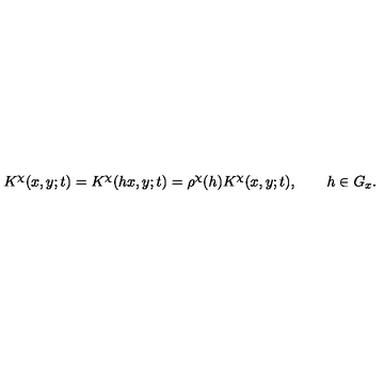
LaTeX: K ^ { \chi } ( x , y ; t ) = K ^ { \chi } ( h x , y ; t ) = \rho ^ { \chi } ( h ) K ^ { \chi } ( x , y ; t ) , \qquad h \in G _ { x } .